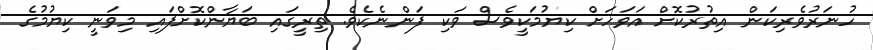
ހުނަރުވެރިކަން އިތުރުކޮށް އަވަހަށް ކިޔުމަކީވެސް ވަކި ފަންނެކެވެ. ތިރީގައި ބަޔާންކޮށްފައި މިވަނީ ކިޔުމުގެ